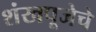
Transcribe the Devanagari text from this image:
शंखपूजेचे